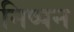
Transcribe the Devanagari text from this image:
निष्पन